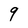
Character: 9